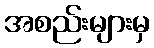
အစည်းများမှ